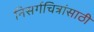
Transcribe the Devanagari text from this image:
निसर्गचित्रांसाठी